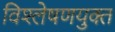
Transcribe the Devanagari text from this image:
विश्लेषणयुक्त